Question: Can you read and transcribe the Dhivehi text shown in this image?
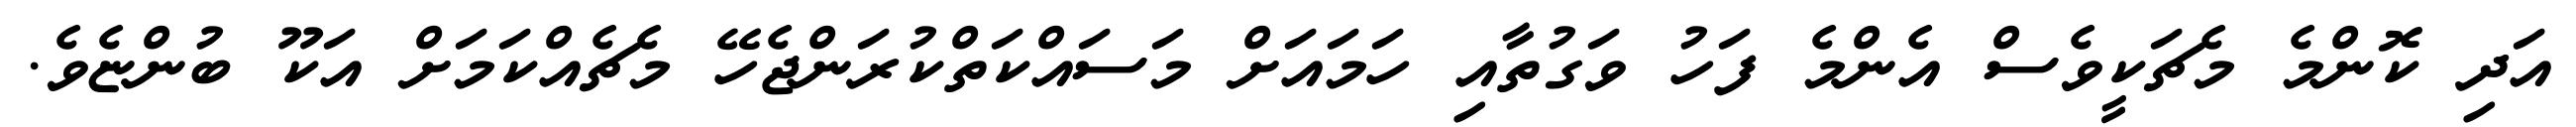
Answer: އަދި ކޮންމެ މެޗަކީވެސް އެންމެ ފަހު ވަގުތާއި ހަމައަށް މަސައްކަތްކުރަންޖެހޭ މެޗެއްކަމަށް އަކޫ ބުންޏެވެ.